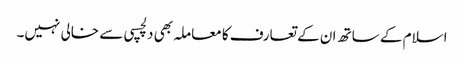
اسلام کے ساتھ ان کے تعارف کا معاملہ بھی دلچسپی سے خالی نہیں۔